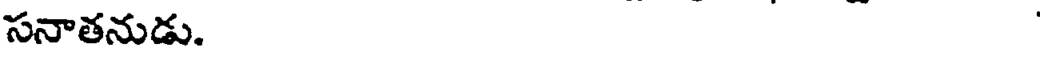
సనాతనుడు.